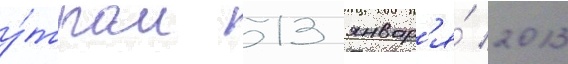
у́тром 13 январ'я́ 2013